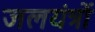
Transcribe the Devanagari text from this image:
जलयंत्रों